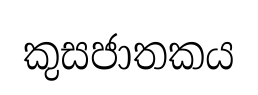
කුසජාතකය